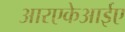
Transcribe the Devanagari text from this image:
आरएकेआईए